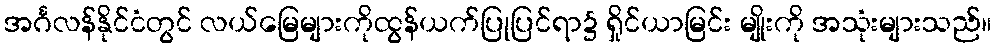
အင်္ဂလန်နိုင်ငံတွင် လယ်မြေများကိုထွန်ယက်ပြုပြင်ရာ၌ ရှိုင်ယာမြင်း မျိုးကို အသုံးများသည်။